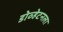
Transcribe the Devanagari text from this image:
डोव्हेटनला